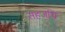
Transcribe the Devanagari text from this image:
सहजचि